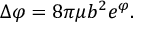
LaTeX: \Delta \varphi = 8 \pi \mu b ^ { 2 } e ^ { \varphi } .